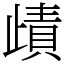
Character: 歵